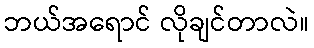
ဘယ်အရောင် လိုချင်တာလဲ။